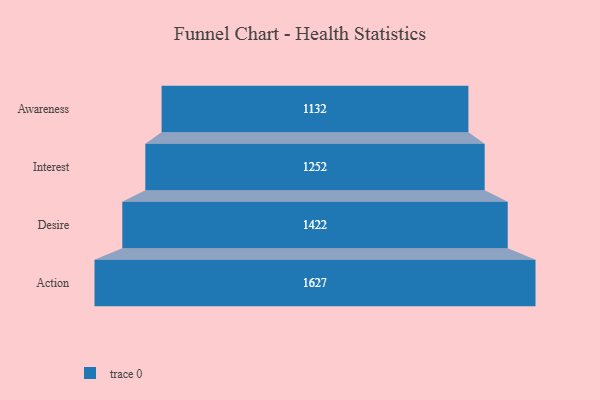
{"axis": {"x": "Stage", "y": "Value"}, "legend": [""], "data": [{"x": "Awareness", "y": 1132.0, "type": ""}, {"x": "Interest", "y": 1252.0, "type": ""}, {"x": "Desire", "y": 1422.0, "type": ""}, {"x": "Action", "y": 1627.0, "type": ""}]}